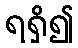
ရရှိ၍